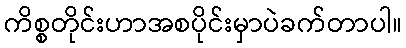
ကိစ္စတိုင်းဟာအစပိုင်းမှာပဲခက်တာပါ။